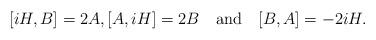
LaTeX: \begin{align*} [iH,B]=2A,[A,iH]=2B\quad\mbox{and}\quad[B,A]=-2iH.\end{align*}